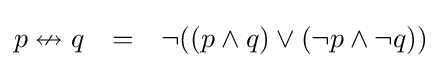
{\begin{matrix}p\nleftrightarrow q&=&\lnot ((p\land q)\lor (\lnot p\land \lnot q))\end{matrix}}